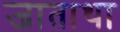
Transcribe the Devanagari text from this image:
जाताथा